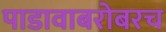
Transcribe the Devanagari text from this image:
पाडावाबरोबरच